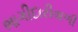
ભાગીદારીવાળી